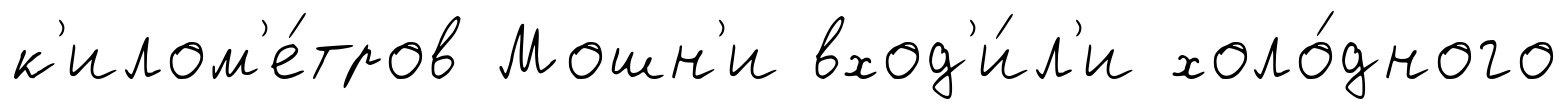
к'илом'е́тров Мошн'и вход'и́л'и холо́дного